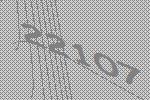
22107